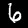
Digit: 6